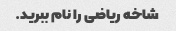
شاخه ریاضی را نام ببرید.